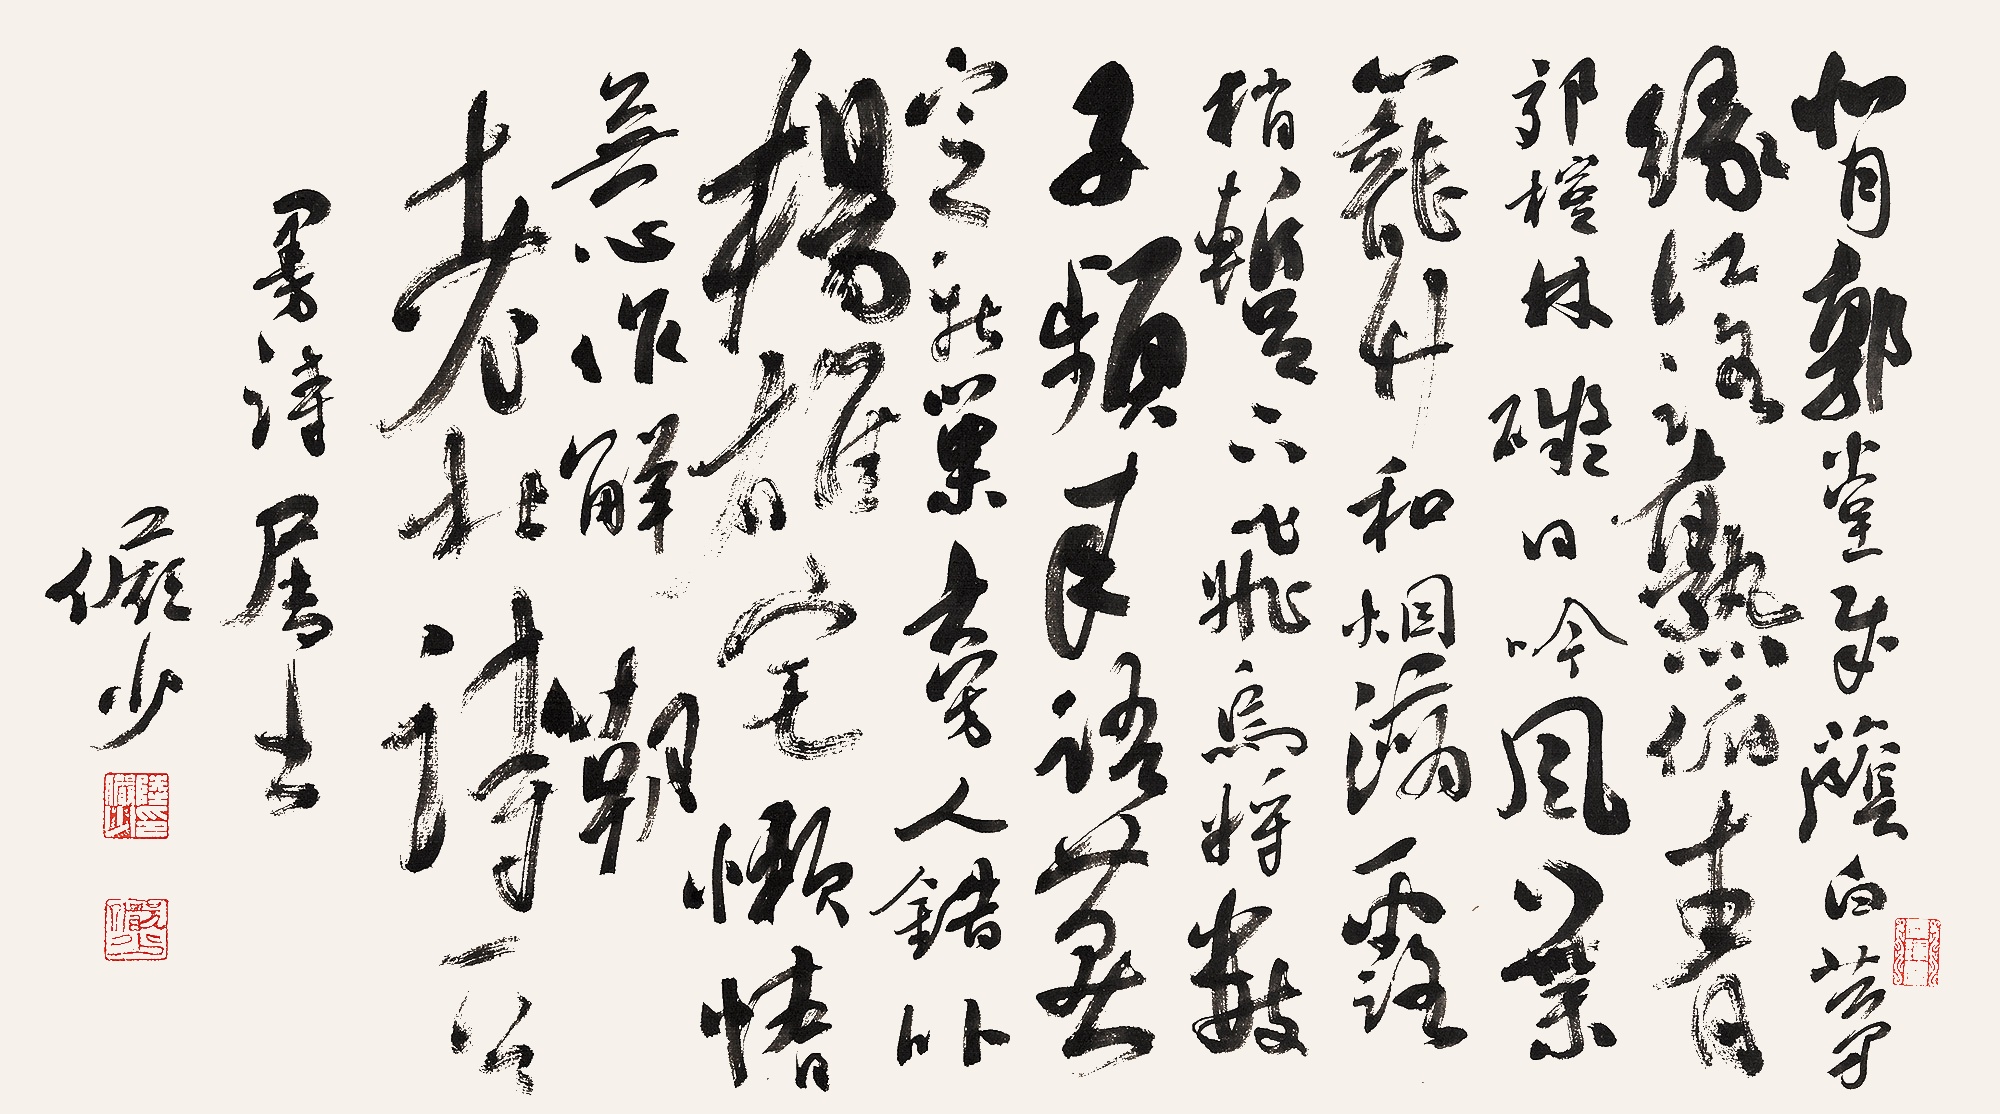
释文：背郭堂成荫白茅，缘江路熟俯青郊。桤林碍日吟风叶，笼竹和烟滴露梢。暂下飞乌将数子，频来语燕定新巢。旁人错比杨雄宅，懒惰无心作解嘲。老杜诗一首，曼诗属书。俨少。